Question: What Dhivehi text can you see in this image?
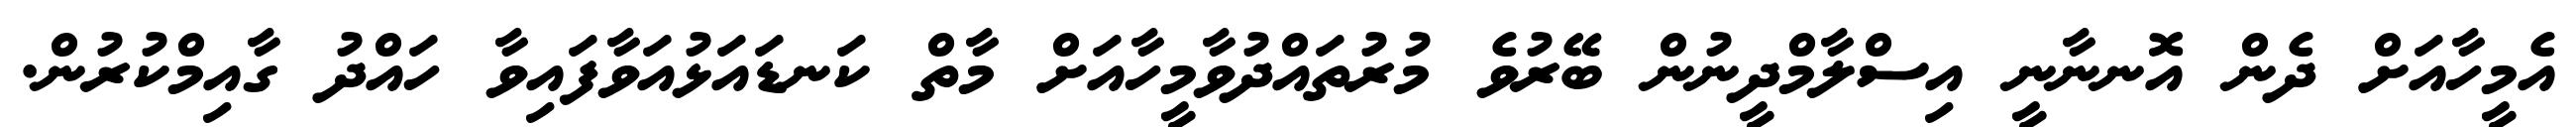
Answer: އެމީހާއަށް ދެން އޮނނާނީ އިސްލާމްދީނުން ބޭރުވެ މުރުތައްދުވާމީހާއަށް މާތް ކަނޑައަޅުއަވާފައިވާ ހައްދު ގާއިމްކުރުން.